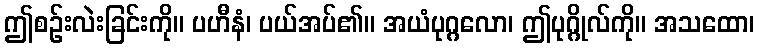
ဤစဉ်းလဲးခြင်းကို။ ပဟီနံ၊ ပယ်အပ်၏။ အယံပုဂ္ဂလော၊ ဤပုဂ္ဂိုလ်ကို။ အသထော၊